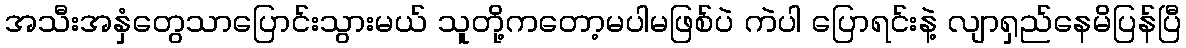
အသီးအနှံတွေသာပြောင်းသွားမယ် သူတို့ကတော့မပါမဖြစ်ပဲ ကဲပါ ပြောရင်းနဲ့ လျာရှည်နေမိပြန်ပြီ